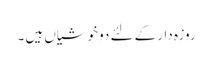
روزہ دار کے لئے دو خوشیاں ہیں ۔